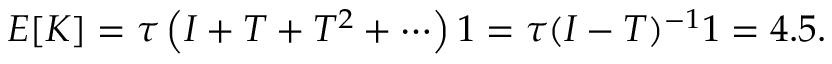
E [ K ] = { \boldsymbol { \tau } } \left( I + T + T ^ { 2 } + \cdots \right) { \boldsymbol { 1 } } = { \boldsymbol { \tau } } ( I - T ) ^ { - 1 } { \boldsymbol { 1 } } = 4 . 5 .